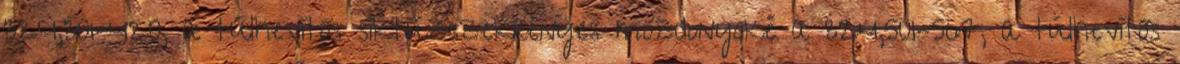
324,301–420, a túlhevítős síktűzszekrényes mozdonyoké a 324,501–567, a túlhevítős